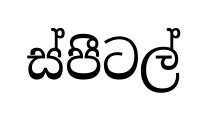
ස්පීටල්